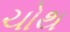
ચોથ